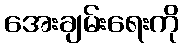
အေးချမ်းရေးကို